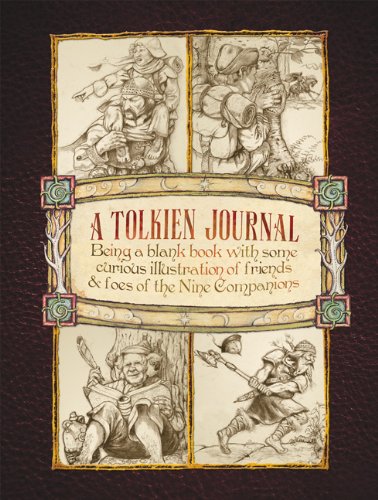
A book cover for A Tolkien Journal; Reference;